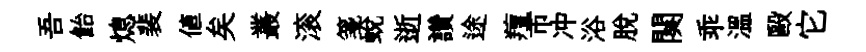
吾飴熄裴値矣叢滚箋蛻逝讚途羶市冲浴脫闋乖温毆它